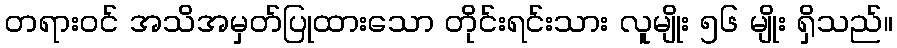
တရားဝင် အသိအမှတ်ပြုထားသော တိုင်းရင်းသား လူမျိုး ၅၆ မျိုး ရှိသည်။